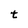
Character: t